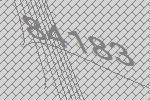
84183